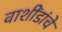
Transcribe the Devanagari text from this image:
वाशींडांचे